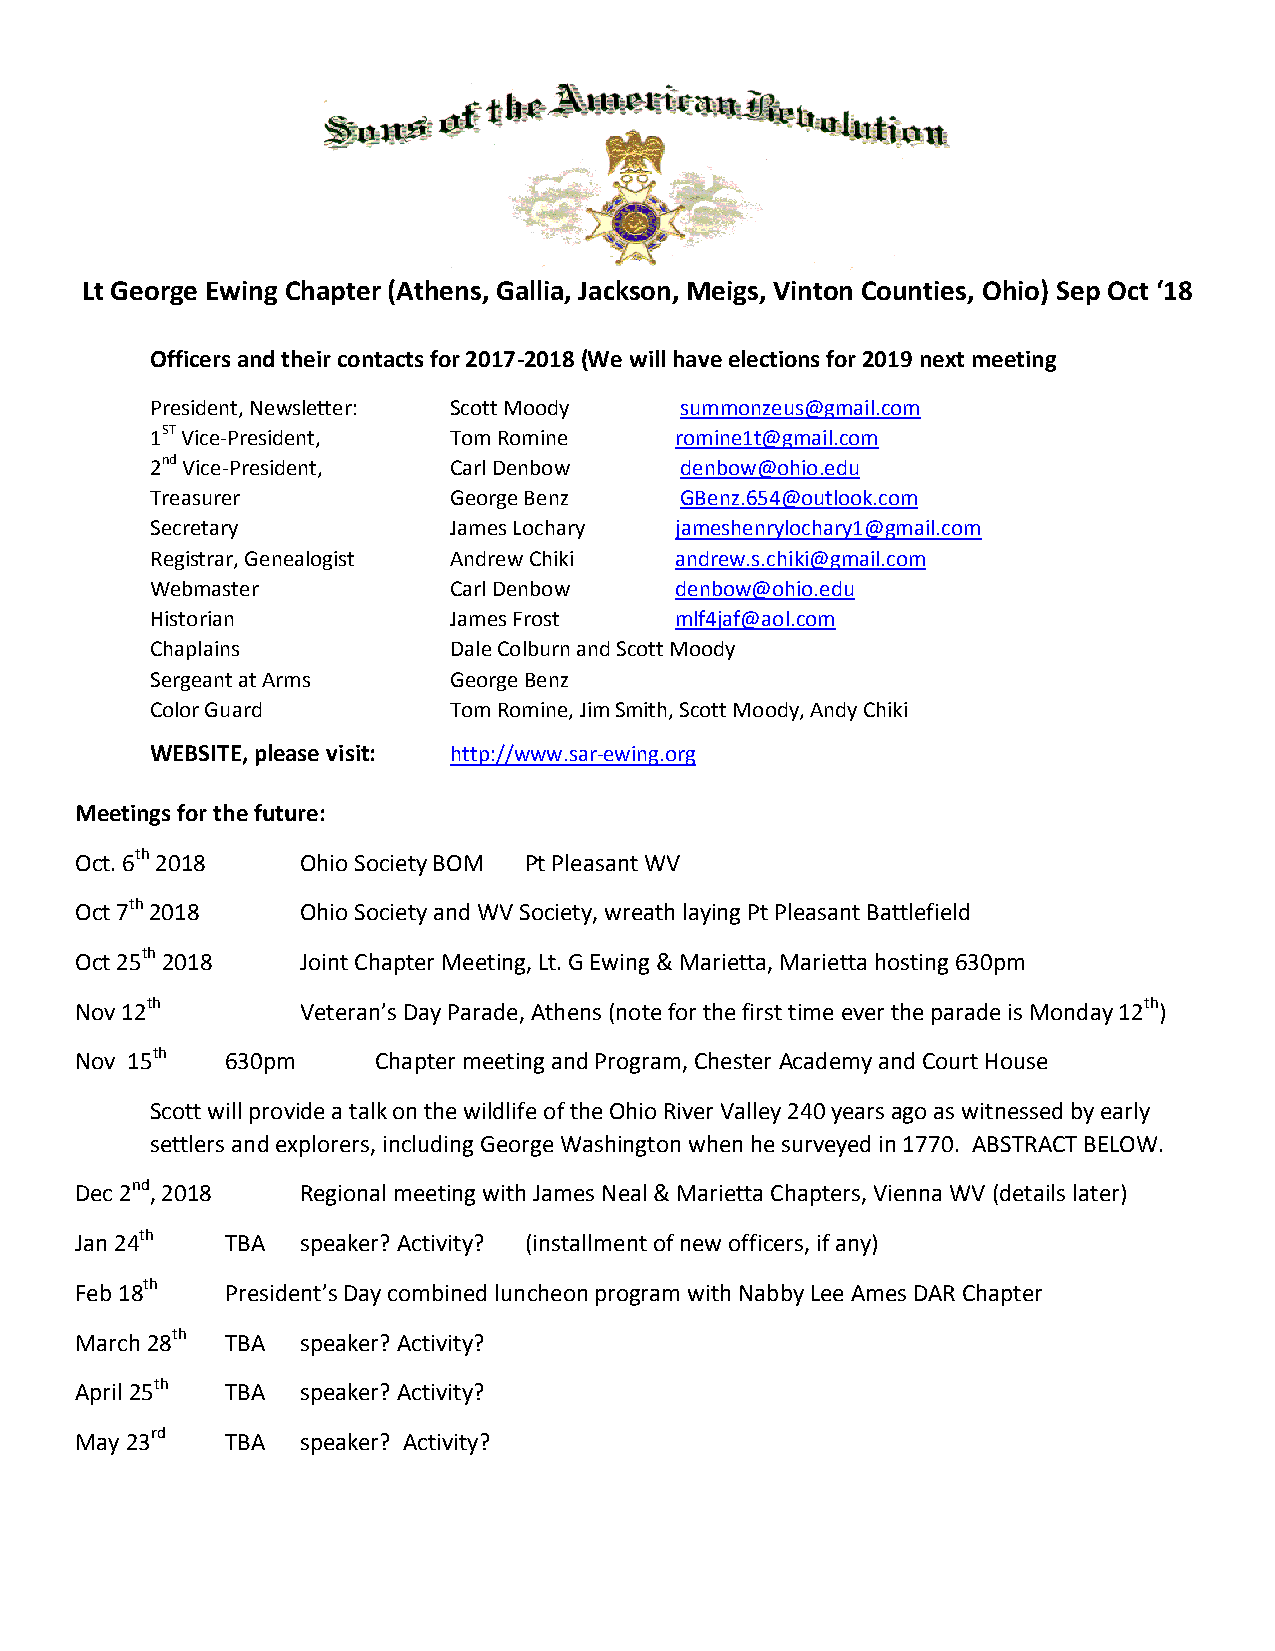
Lt George Ewing Chapter (Athens, Gallia, Jackson, Meigs, Vinton Counties, Ohio) Sep Oct ‘18
 Officers and their contacts for 2017-2018 (We will have elections for 2019 next meeting
 President, Newsletter: Scott Moody summonzeus@gmail.com
 1ST Vice-President, Tom Romine     romine1t@gmail.com
 2nd Vice-President, Carl Denbow    denbow@ohio.edu
 Treasurer           George Benz    GBenz.654@outlook.com
 Secretary           James Lochary  jameshenrylochary1@gmail.com
 Registrar, Genealogist Andrew Chiki andrew.s.chiki@gmail.com
 Webmaster           Carl Denbow    denbow@ohio.edu
 Historian           James Frost    mlf4jaf@aol.com
 Chaplains           Dale Colburn and Scott Moody
 Sergeant at Arms    George Benz
 Color Guard         Tom Romine, Jim Smith, Scott Moody, Andy Chiki
 WEBSITE, please visit: http://www.sar-ewing.org
 Meetings for the future:
 Oct. 6th 2018  Ohio Society BOM Pt Pleasant WV
 Oct 7th 2018   Ohio Society and WV Society, wreath laying Pt Pleasant Battlefield
 Oct 25th 2018  Joint Chapter Meeting, Lt. G Ewing & Marietta, Marietta hosting 630pm
 Nov 12th       Veteran’s Day Parade, Athens (note for the first time ever the parade is Monday 12th)
 Nov 15th  630pm     Chapter meeting and Program, Chester Academy and Court House
 Scott will provide a talk on the wildlife of the Ohio River Valley 240 years ago as witnessed by early
 settlers and explorers, including George Washington when he surveyed in 1770. ABSTRACT BELOW.
 Dec 2nd, 2018  Regional meeting with James Neal & Marietta Chapters, Vienna WV (details later)
 Jan 24th  TBA  speaker? Activity? (installment of new officers, if any)
 Feb 18th  President’s Day combined luncheon program with Nabby Lee Ames DAR Chapter
 March 28th TBA speaker? Activity?
 April 25th TBA speaker? Activity?
 May 23rd  TBA  speaker? Activity?